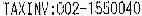
TAXINV:002-1550040